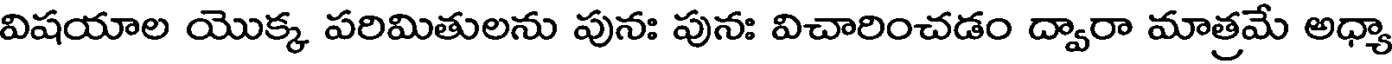
విషయాల యొక్క పరిమితులను పునః పునః విచారించడం ద్వారా మాత్రమే అధ్యా